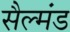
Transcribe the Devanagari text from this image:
सैल्मंड